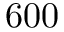
6 0 0